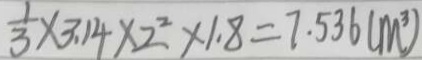
\frac { 1 } { 3 } \times 3 . 1 4 \times 2 ^ { 2 } \times 1 . 8 = 7 . 5 3 6 ( m ^ { 3 } )